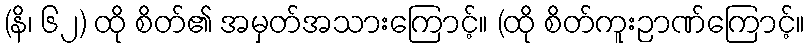
(နိ၊ ၆၂) ထို စိတ်၏ အမှတ်အသားကြောင့်။ (ထို စိတ်ကူးဉာဏ်ကြောင့်။